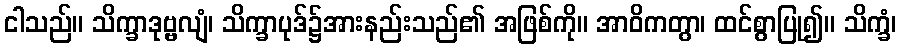
ငါသည်။ သိက္ခာဒုဗ္ဗလျံ၊ သိက္ခာပုဒ်၌အားနည်းသည်၏ အဖြစ်ကို။ အာဝိကတွာ၊ ထင်စွာပြု၍။ သိက္ခံ၊